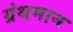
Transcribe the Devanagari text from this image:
ग्रंथमान